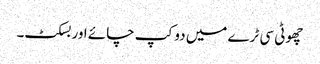
چھوٹی سی ٹرے میں دو کپ چائے اور بسکٹ۔